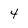
Character: 4